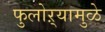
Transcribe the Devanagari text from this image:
फुलोऱ्यामुळे